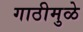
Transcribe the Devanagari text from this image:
गाठीमुळे